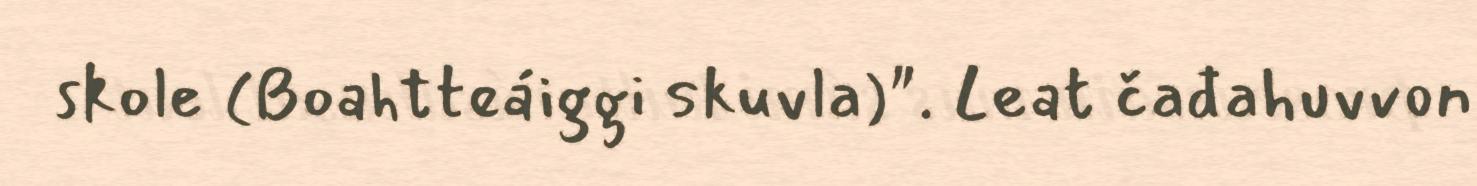
skole (Boahtteáiggi skuvla)". Leat čađahuvvon